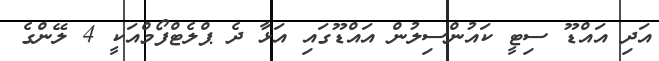
އަދި އައްޑޫ ސިޓީ ކައުންސިލުން އައްޑޫގައި އަޅާ ދެ ޕްލެޓްފޯމްއަކީ 4 ލޭންގެ